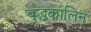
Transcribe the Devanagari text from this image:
बुद्धकालिन